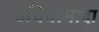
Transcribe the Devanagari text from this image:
उचियामादा